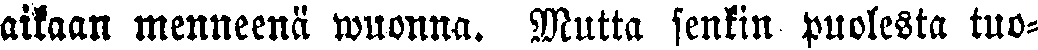
aikaan menneenä wuonna. Mutta senkin puolesta tuo-